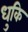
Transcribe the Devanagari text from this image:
धुकि